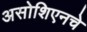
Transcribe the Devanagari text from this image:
असोशिएनचे